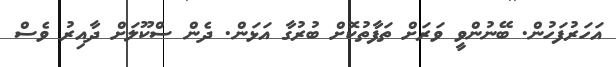
އަަހަރުފަހުން. ބޭނުންވީ ވަރަށް ތަފާތުކޮށް ބުރުގާ އަޅަން. ދެން ސްކޫލަށް ދާއިރު ވެސް